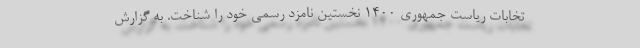
تخابات ریاست جمهوری 1400 نخستین نامزد رسمی خود را شناخت. به گزارش